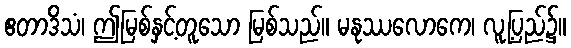
ဧတာဒိသံ၊ ဤမြစ်နှင့်တူသော မြစ်သည်။ မနုဿလောကေ၊ လူ့ပြည်၌။